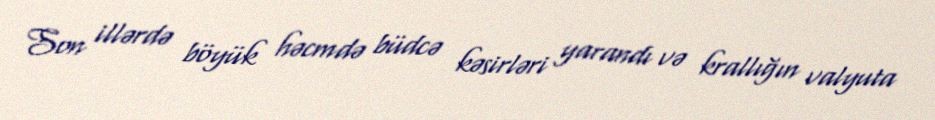
Son illərdə böyük həcmdə büdcə kəsirləri yarandı və krallığın valyuta